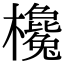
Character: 欃